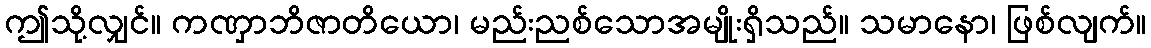
ဤသို့လျှင်။ ကဏှာဘိဇာတိယော၊ မည်းညစ်သောအမျိုးရှိသည်။ သမာနော၊ ဖြစ်လျက်။